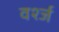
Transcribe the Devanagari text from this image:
वर्श्ज